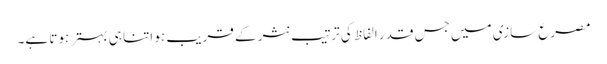
مصرع سازی میں جس قدر الفاظ کی ترتیب نثر کے قریب ہو اتنا ہی بہتر ہوتا ہے۔